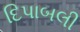
દિપાબલી